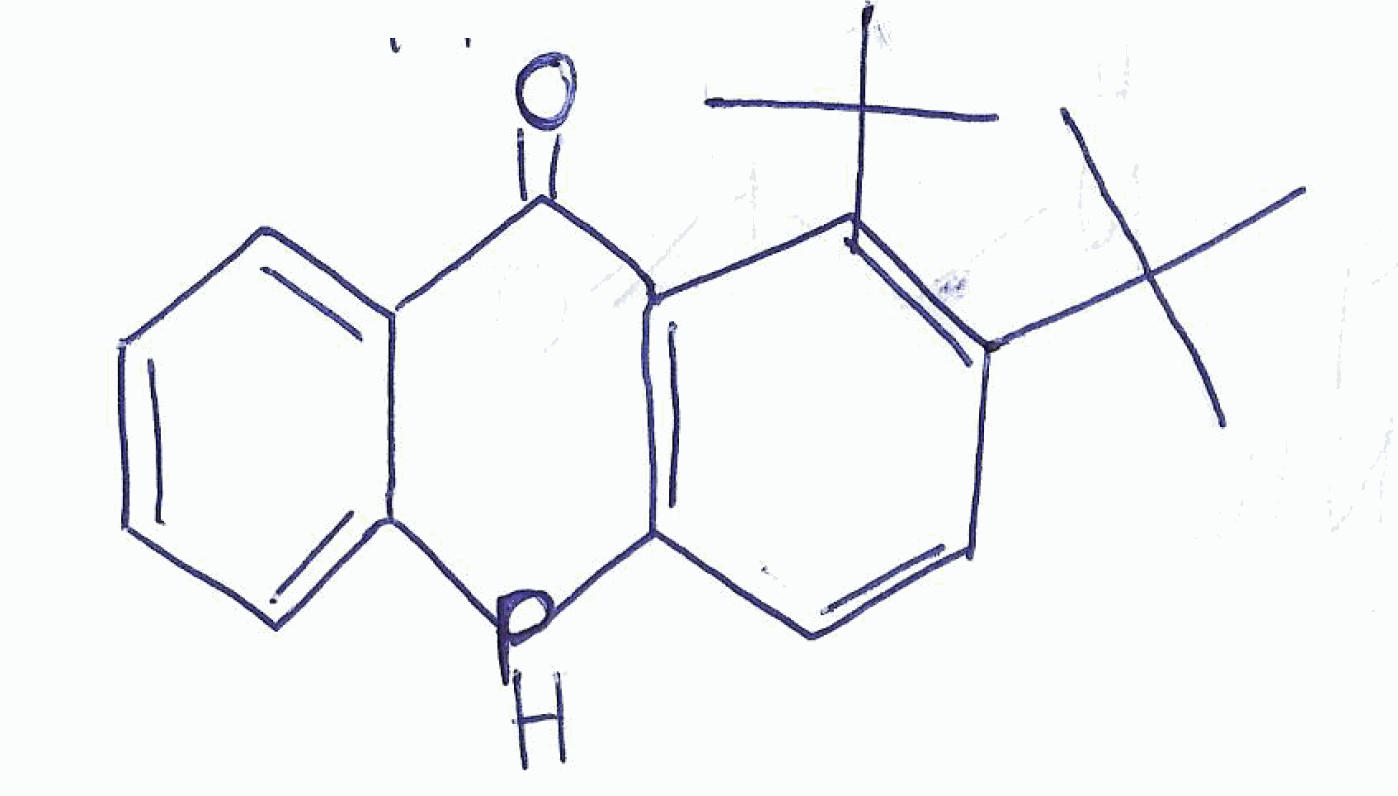
Simplified molecular-input line-entry system (SMILES) notation of the given molecule:
CC(C)(C)C1=C(C2=C(C=C1)PC3=CC=CC=C3C2=O)C(C)(C)C